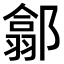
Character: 𨝫